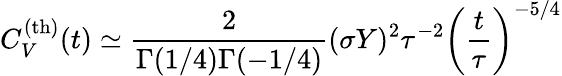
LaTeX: C_{V}^{\mathrm{(th)}}(t)\simeq\frac{2}{\Gamma(1/4)\Gamma(-1/4)}(\sigma Y)^{2}\tau^{-2}\left(\frac{t}{\tau}\right)^{-5/4}